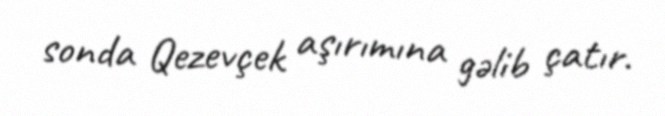
sonda Qezevçek aşırımına gəlib çatır.